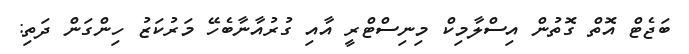
ބަޖެޓް އޮތް ގޮތުން އިސްލާމިކް މިނިސްޓްރީ އާއި ގުރުއާނާބެހޭ މަރުކަޒު ހިންގަން ދަތި: